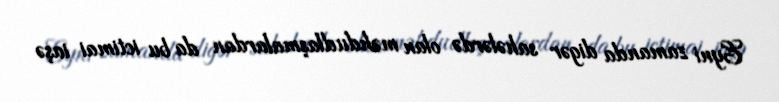
Eyni zamanda digər sahələrdə olan məhdudlaşmalardan da bu ictimai iaşə